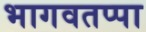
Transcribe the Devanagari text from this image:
भागवतप्पा